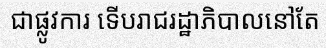
ជាផ្លូវការ ទើបរាជរដ្ឋាភិបាលនៅតែ